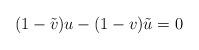
LaTeX: \begin{align*}(1-\tilde{v})u-(1-v)\tilde{u}=0 \end{align*}